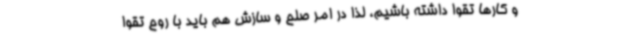
و کارها تقوا داشته باشیم، لذا در امر صلح و سازش هم باید با روح تقوا